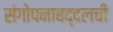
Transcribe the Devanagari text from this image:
संगोपनाबद्दलची